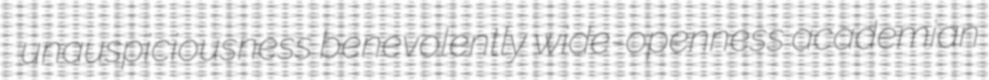
unauspiciousness benevolently wide-openness academian